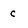
Character: c